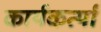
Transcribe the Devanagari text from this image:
कार्यकर्त्यां